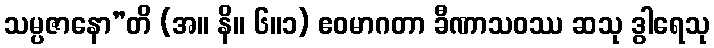
သမ္ပဇာနော”တိ (အ။ နိ။ ၆။၁) ဧဝမာဂတာ ခီဏာသဝဿ ဆသု ဒွါရေသု